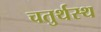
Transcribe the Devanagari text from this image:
चतुर्थस्थ